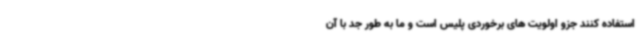
استفاده کنند جزو اولویت های برخوردی پلیس است و ما به طور جد با آن